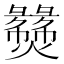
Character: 𬋝